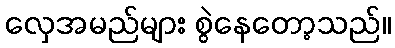
လှေအမည်များ စွဲနေတော့သည်။